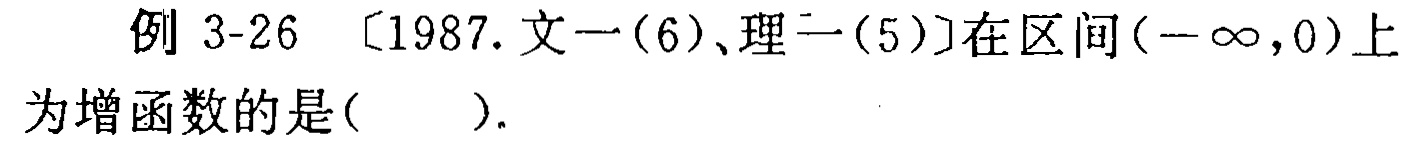
例 3-26 〔1987.文一(6)、理一(5)〕在区间\((-\infty,0)\)上为增函数的是( ).